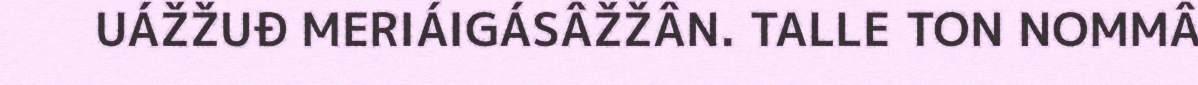
UÁŽŽUĐ MERIÁIGÁSÂŽŽÂN. TALLE TON NOMMÂ